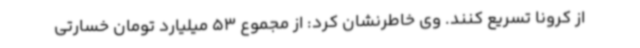
از کرونا تسریع کنند. وی خاطرنشان کرد: از مجموع 53 میلیارد تومان خسارتی